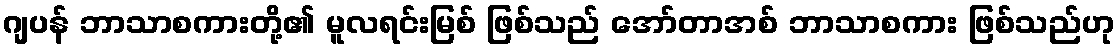
ဂျပန် ဘာသာစကားတို့၏ မူလရင်းမြစ် ဖြစ်သည် အော်တာအစ် ဘာသာစကား ဖြစ်သည်ဟု